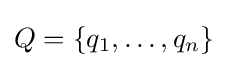
Q=\{q_{1},\ldots ,q_{n}\}